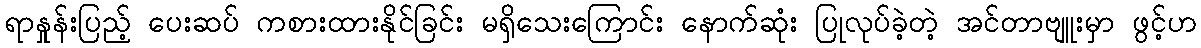
ရာနှုန်းပြည့် ပေးဆပ် ကစားထားနိုင်ခြင်း မရှိသေးကြောင်း နောက်ဆုံး ပြုလုပ်ခဲ့တဲ့ အင်တာဗျူးမှာ ဖွင့်ဟ